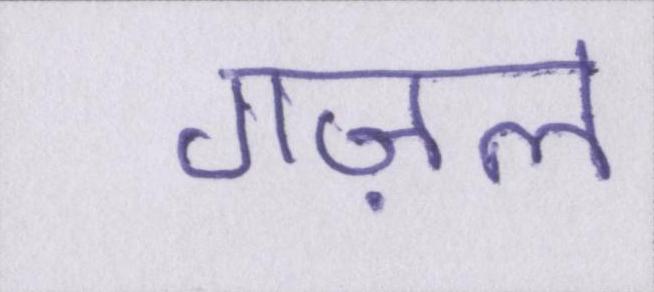
गज़ल